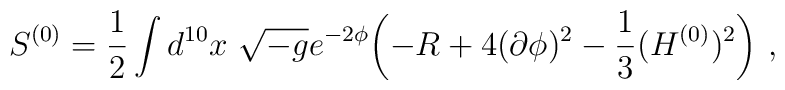
S^{(0)}= \frac{1}{2} \int d^{10}x\ \sqrt{-g}e^{-2\phi}\biggl(-R+4(\partial\phi)^2- {1\over 3}(H^{(0)})^{2} \biggr)\ ,